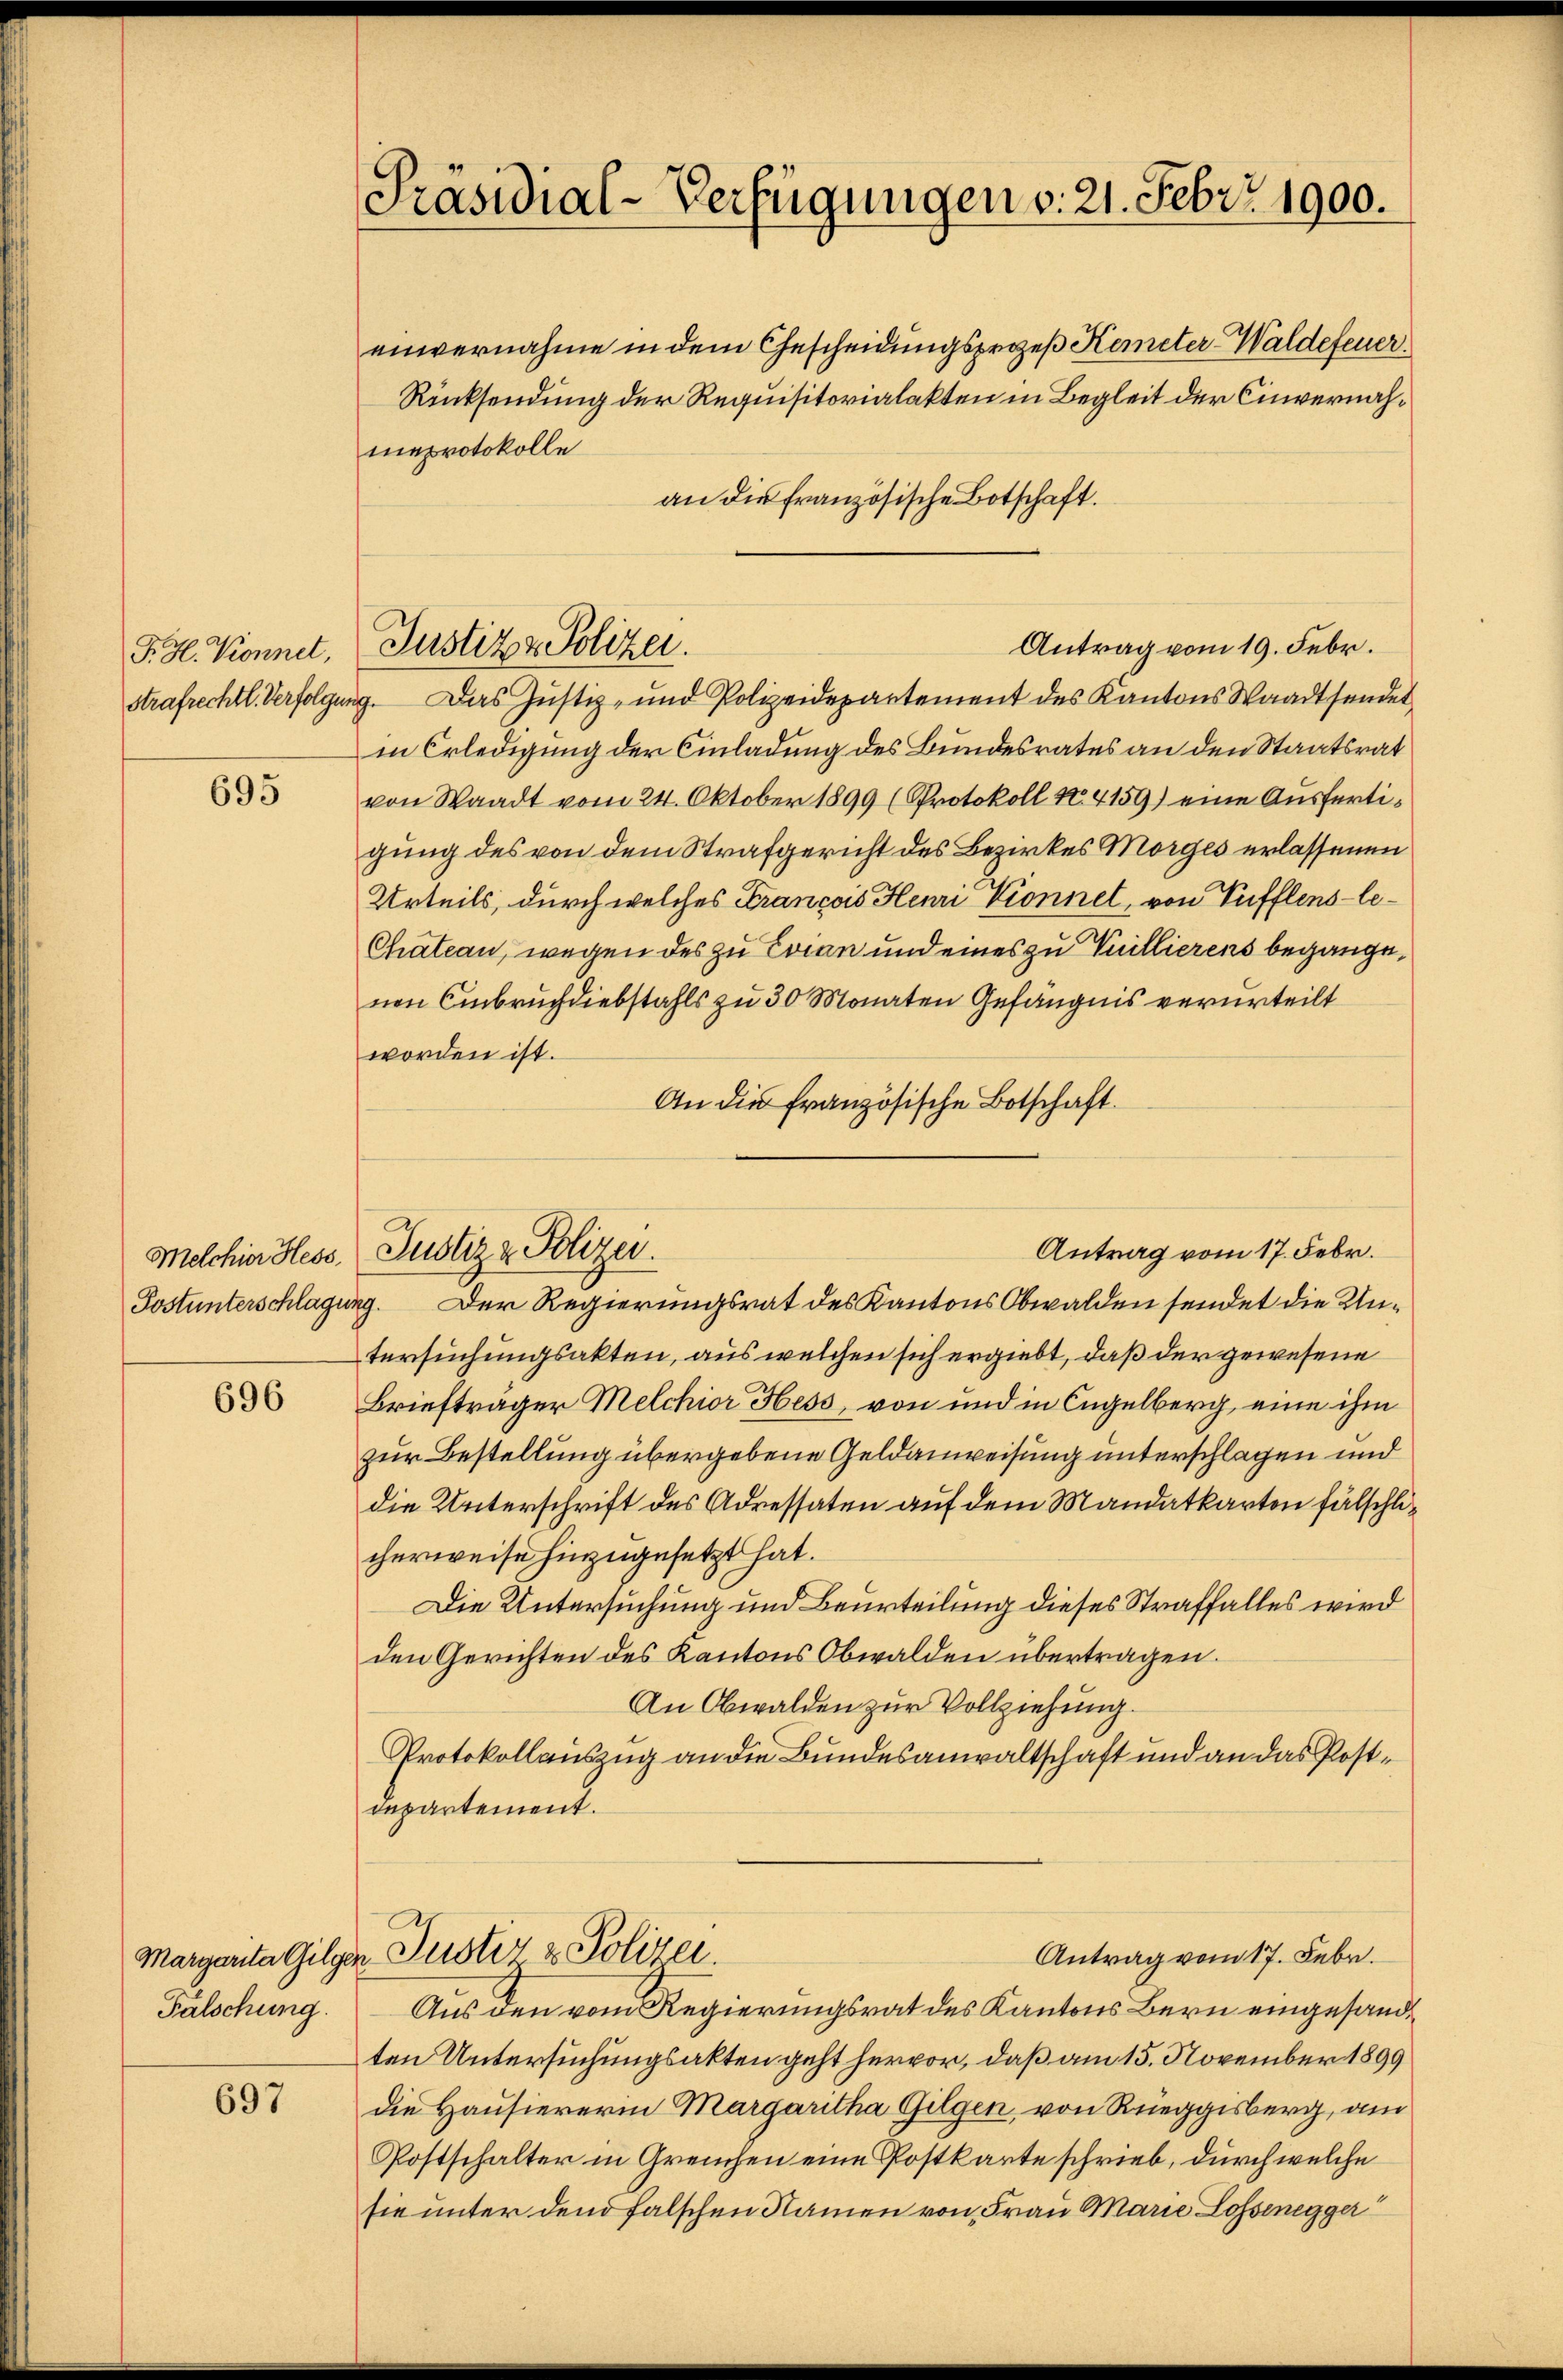
P. Hl. Konnet,
strafrechtl. Verfolgen

695

Melchior Hess
Postunterschlagun

696

Margarita Gilger
Fälschung.

697

Präsidial-Verfügungen v. 21. Febr. 1900.

einvernahme in dem Gescheidungsprozeß Kemneter-Waldefeuer¬
Rücksendung der Requisitorialakten in Begleit der Cinvernahmaprotokolle
an die französische Botschaft.
Antrag vom 19. Febr.
9. Das Justiz- und Polizeidepartement des Kantons Waadt sendet
in Erledigung der Einladung des Bundesrates an den Staatsrat
von Waadt vom 24. Oktober 1899 (Protokoll No. 4159) eine Ausfertigung des von dem Strafgericht des Bezirkes Morges erlassenen
Urteils, durch welches Francois Henri Vionnet, von Pufflens-le¬
Chateau, wegen des zu Evian und eines zu Vuillierens begange,
nen Einbruch diebstahls zu 30 Monaten Gefängnis verurteilt
worden ist.
An die französische Botschaft.
g. Der Regierungsrat des Kantons Obwalden sendet die Untersuchungsakten, aus welchen sich ergiebt, daß der gewesene
Briefträger Melchior Hess, von und in Engelberg, eine ihm
zur Bestellung übergebene Geldanweisung unterschlagen und
die Unterschrift des Adressaten auf dem Mandatkarten fälschlicherweise hinzugesetzt hat.
Die Untersuchung und Beurteilung dieses Straffalles wird
den Gerichten des Kantons Obwalden übertragen.
An Obwalden zur Vollziehung.
Protokollauszug an die Bundesanwaltschaft und an das Postdepartement.
Justiz & Polizei.
Antrag vom 17. Febr.
Aus den vom Regierungsrat des Kantons Bern eingesandtten Untersuchungsakten geht hervor, daß am 15. November 1899
die Hausiererin Margaritha Gilgen, von Rüeggisberg, am
Postschalter in Greuchen eine Postkarte schrieb, durch welche
sie unter den falschen Namen von Frau Marie Lossenegger

Justiz & Polizei.

Justiz & Polizei.

Antrag vom 17. Febr.